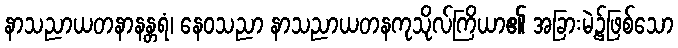
နာသညာယတနာနန္တရံ၊ နေဝသညာ နာသညာယတနကုသိုလ်ကြိယာ၏ အခြားမဲ့၌ဖြစ်သော